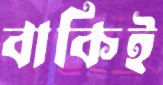
বাকিই